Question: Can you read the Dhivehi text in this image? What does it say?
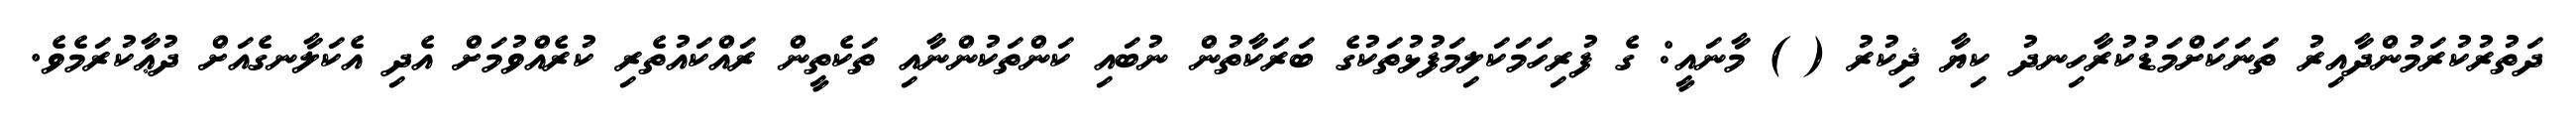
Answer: ދަތުރުކުރަމުންދާއިރު ތަނަކަށްމަޑުކުރާހިނދު ކިޔާ ޛިކުރު ( ) މާނައީ: ގެ ފުރިހަމަކަލިމަފުޅުތަކުގެ ބަރަކާތުން ނުބައި ކަންތަކުންނާއި ތަކެތީން ރައްކައުތެރި ކުރެއްވުމަށް އެދި އެކަލާނގެއަށް ދުޢާކުރަމެވެ.